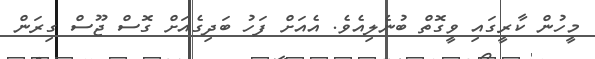
މީހުން ކާރީގައި ވީގޮތް ބުނެލިއެވެ. އެއަށް ފަހު ބަދިގެއަށް ގޮސް ޖޫސް ގިރަން